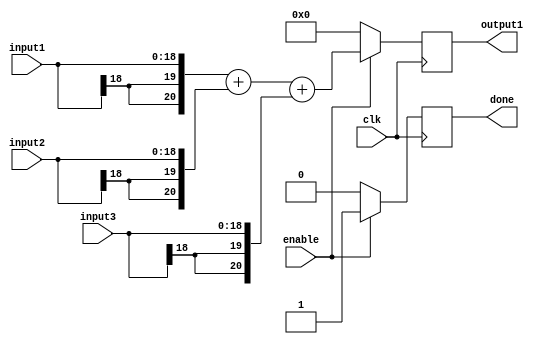
/*
	Author: Aniket Badhan
	Description: Addition stage 4 of Convolution layer 2, convolution of convolved image and convolved pattern
*/

`timescale 1ns / 1ps

module adderStage4_2(
    	input [18:0] input1,
    	input [18:0] input2,
	input [18:0] input3,
    	output reg [20:0] output1,
	input enable,
    	input clk,
	output reg done
    );
	
	always @ (posedge clk) begin
		if(enable) begin
			output1 <= {{2{input1[18]}}, input1} + {{2{input2[18]}}, input2} + {{2{input3[18]}}, input3};
			done <= 1'b1;
		end
		else begin
			output1 <= 0;
			done <= 1'b0;
		end
	end
	
endmodule